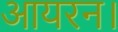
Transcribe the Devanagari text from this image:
आयरन।